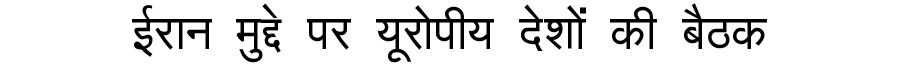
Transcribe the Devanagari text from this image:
ईरान मुद्दे पर यूरोपीय देशों की बैठक